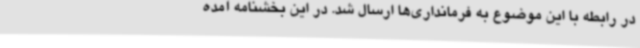
در رابطه با این موضوع به فرمانداری‌ها ارسال شد. در این بخشنامه آمده